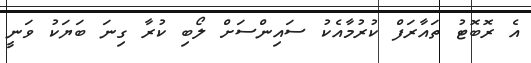
އެ ރޮބޮޓު ތައާރަފް ކުރުމާއެކު ސައިންސަށް ލޯބި ކުރާ ގިނަ ބަޔަކު ވަނީ